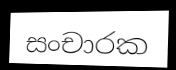
සංචාරක